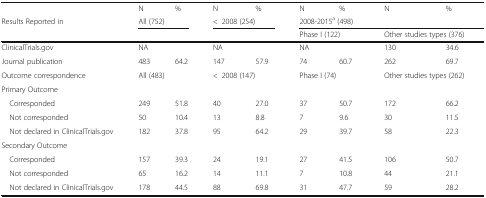
<table><thead><tr><td></td><td><b>N</b></td><td><b>%</b></td><td><b>N</b></td><td><b>%</b></td><td><b>N</b></td><td><b>%</b></td><td><b>N</b></td><td><b>%</b></td></tr><tr><td><b>Results Reported in</b></td><td colspan="2"><b>All (752)</b></td><td colspan="2"><b>&lt;2008 (254)</b></td><td colspan="4"><b>2008-2015<sup>a</sup> (498)</b></td></tr><tr><td></td><td colspan="2"></td><td colspan="2"></td><td colspan="2"><b>Phase I (122)</b></td><td colspan="2"><b>Other studies types (376)</b></td></tr></thead><tbody><tr><td>ClinicalTrials.gov</td><td colspan="2">NA</td><td colspan="2">NA</td><td colspan="2">NA</td><td>130</td><td>34.6</td></tr><tr><td>Journal publication</td><td>483</td><td>64.2</td><td>147</td><td>57.9</td><td>74</td><td>60.7</td><td>262</td><td>69.7</td></tr><tr><td>Outcome correspondence</td><td colspan="2">All (483)</td><td colspan="2">&lt;2008 (147)</td><td colspan="2">Phase I (74)</td><td colspan="2">Other studies types (262)</td></tr><tr><td colspan="9">Primary Outcome</td></tr><tr><td> Corresponded</td><td>249</td><td>51.8</td><td>40</td><td>27.0</td><td>37</td><td>50.7</td><td>172</td><td>66.2</td></tr><tr><td> Not corresponded</td><td>50</td><td>10.4</td><td>13</td><td>8.8</td><td>7</td><td>9.6</td><td>30</td><td>11.5</td></tr><tr><td> Not declared in ClinicalTrials.gov</td><td>182</td><td>37.8</td><td>95</td><td>64.2</td><td>29</td><td>39.7</td><td>58</td><td>22.3</td></tr><tr><td colspan="9">Secondary Outcome</td></tr><tr><td> Corresponded</td><td>157</td><td>39.3</td><td>24</td><td>19.1</td><td>27</td><td>41.5</td><td>106</td><td>50.7</td></tr><tr><td> Not corresponded</td><td>65</td><td>16.2</td><td>14</td><td>11.1</td><td>7</td><td>10.8</td><td>44</td><td>21.1</td></tr><tr><td> Not declared in ClinicalTrials.gov</td><td>178</td><td>44.5</td><td>88</td><td>69.8</td><td>31</td><td>47.7</td><td>59</td><td>28.2</td></tr></tbody></table>